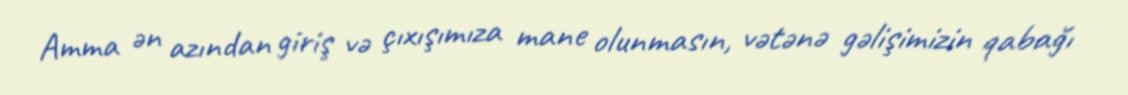
Amma ən azından giriş və çıxışımıza mane olunmasın, vətənə gəlişimizin qabağı